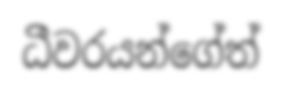
ධීවරයන්ගේත්